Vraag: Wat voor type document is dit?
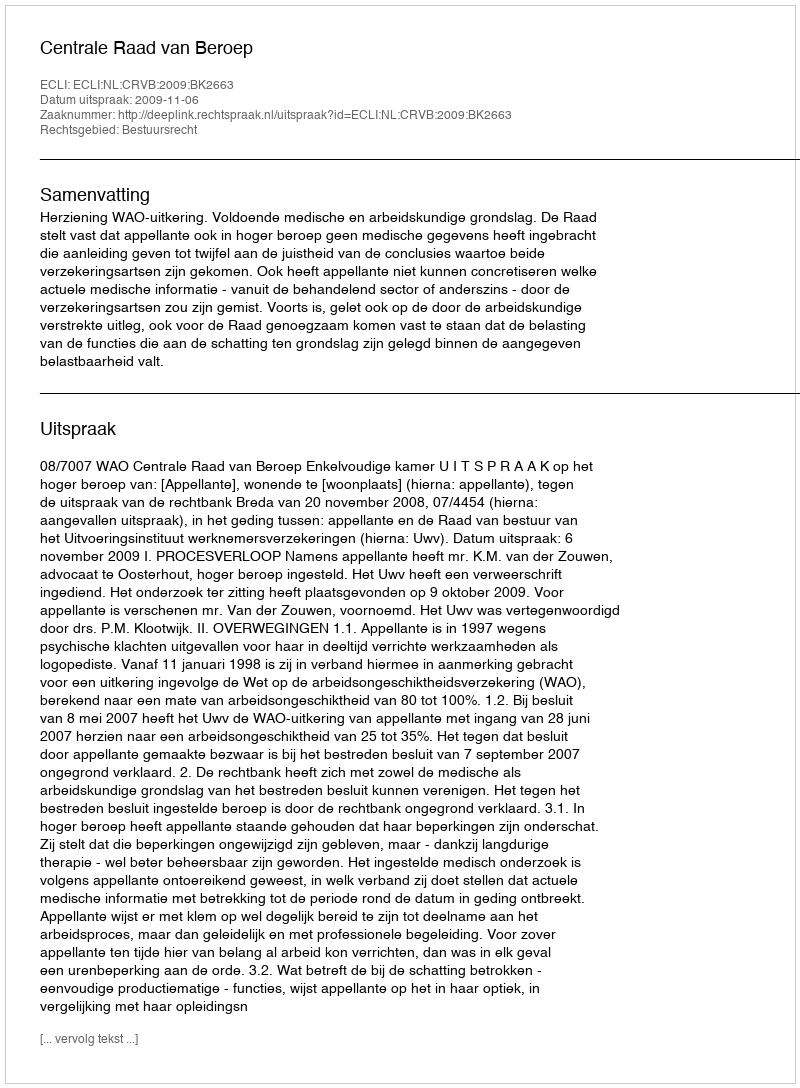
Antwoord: Uitspraak